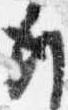
行